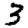
Digit: 3